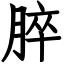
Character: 脺